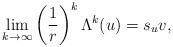
LaTeX: \begin{align*}\lim_{k \rightarrow \infty} \left(\frac{1}{r}\right)^k \Lambda^k(u) =s_u v,\end{align*}